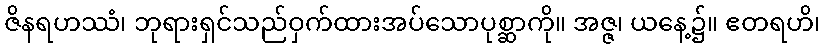
ဇိနရဟဿံ၊ ဘုရားရှင်သည်ဝှက်ထားအပ်သောပုစ္ဆာကို။ အဇ္ဇ၊ ယနေ့၌။ ဧတရဟိ၊